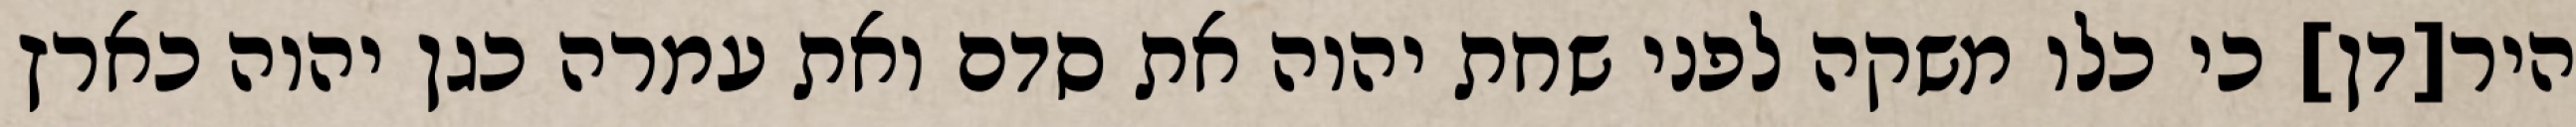
היר[דן] כי כלו משקה לפני שחת יהוה את סדם ואת עמרה כגן יהוה כארץ